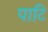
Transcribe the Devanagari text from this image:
पाटि